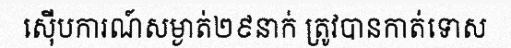
ស៊ើបការណ៍សម្ងាត់២៩នាក់ ត្រូវបានកាត់ទោស